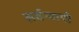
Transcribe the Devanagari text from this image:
सर्वन्यायी